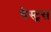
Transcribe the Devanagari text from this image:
चैस्ट्रस